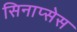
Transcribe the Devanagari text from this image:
सिनाप्सेस